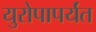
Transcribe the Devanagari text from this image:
युरोपापर्यंत